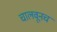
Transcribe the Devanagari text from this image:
चालवूनच